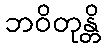
ဘဝိတုန္တိ